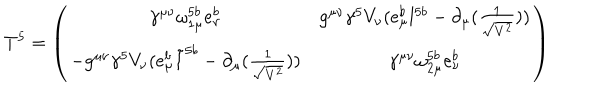
T ^ { 5 } = \left( \begin{matrix} { { \gamma ^ { \mu \nu } \omega _ { 1 \mu } ^ { 5 b } e _ { \nu } ^ { b } } } & { { g ^ { \mu \nu } \gamma ^ { 5 } V _ { \nu } ( e _ { \mu } ^ { b } l ^ { 5 b } - \partial _ { \mu } ( \frac { 1 } { \sqrt { V ^ { 2 } } } ) ) } } \\ { { - g ^ { \mu \nu } \gamma ^ { 5 } V _ { \nu } ( e _ { \mu } ^ { b } \tilde { l } ^ { 5 b } - \partial _ { \mu } ( \frac { 1 } { \sqrt { V ^ { 2 } } } ) ) } } & { { \gamma ^ { \mu \nu } \omega _ { 2 \mu } ^ { 5 b } e _ { \nu } ^ { b } } } \\ \end{matrix} \right)